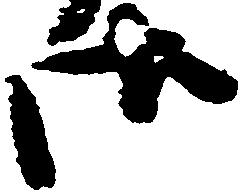
御